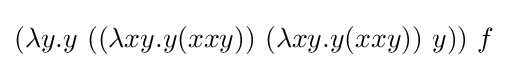
(\lambda y.y\ ((\lambda xy.y(xxy))\ (\lambda xy.y(xxy))\ y))\ f